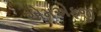
એમએફજી